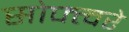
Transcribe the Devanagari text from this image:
सोफ्त्वरे